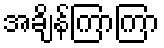
အချိန်ကြာကြာ